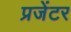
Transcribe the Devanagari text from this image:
प्रजेंटर